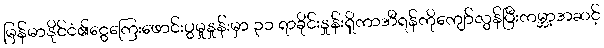
မြန်မာနိုင်ငံ၏ငွေကြေးဖောင်းပွမှုနှုန်းမှာ ၃၁ ရာခိုင်းနှုန်းရှိကာအီရန်ကိုကျော်လွန်ပြီးကမ္ဘာ့အဆင့်